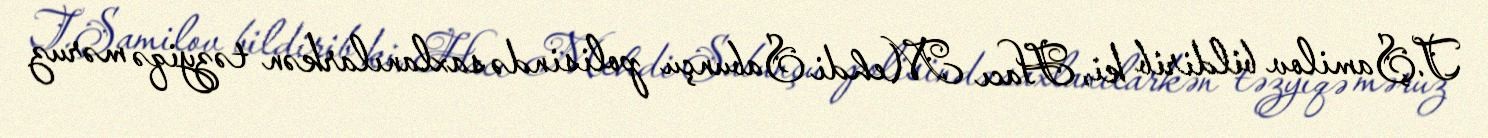
T.Şamilov bildirib ki, Hacı Mehdi Sabunçu polisində saxlanılarkən təzyiqə məruz